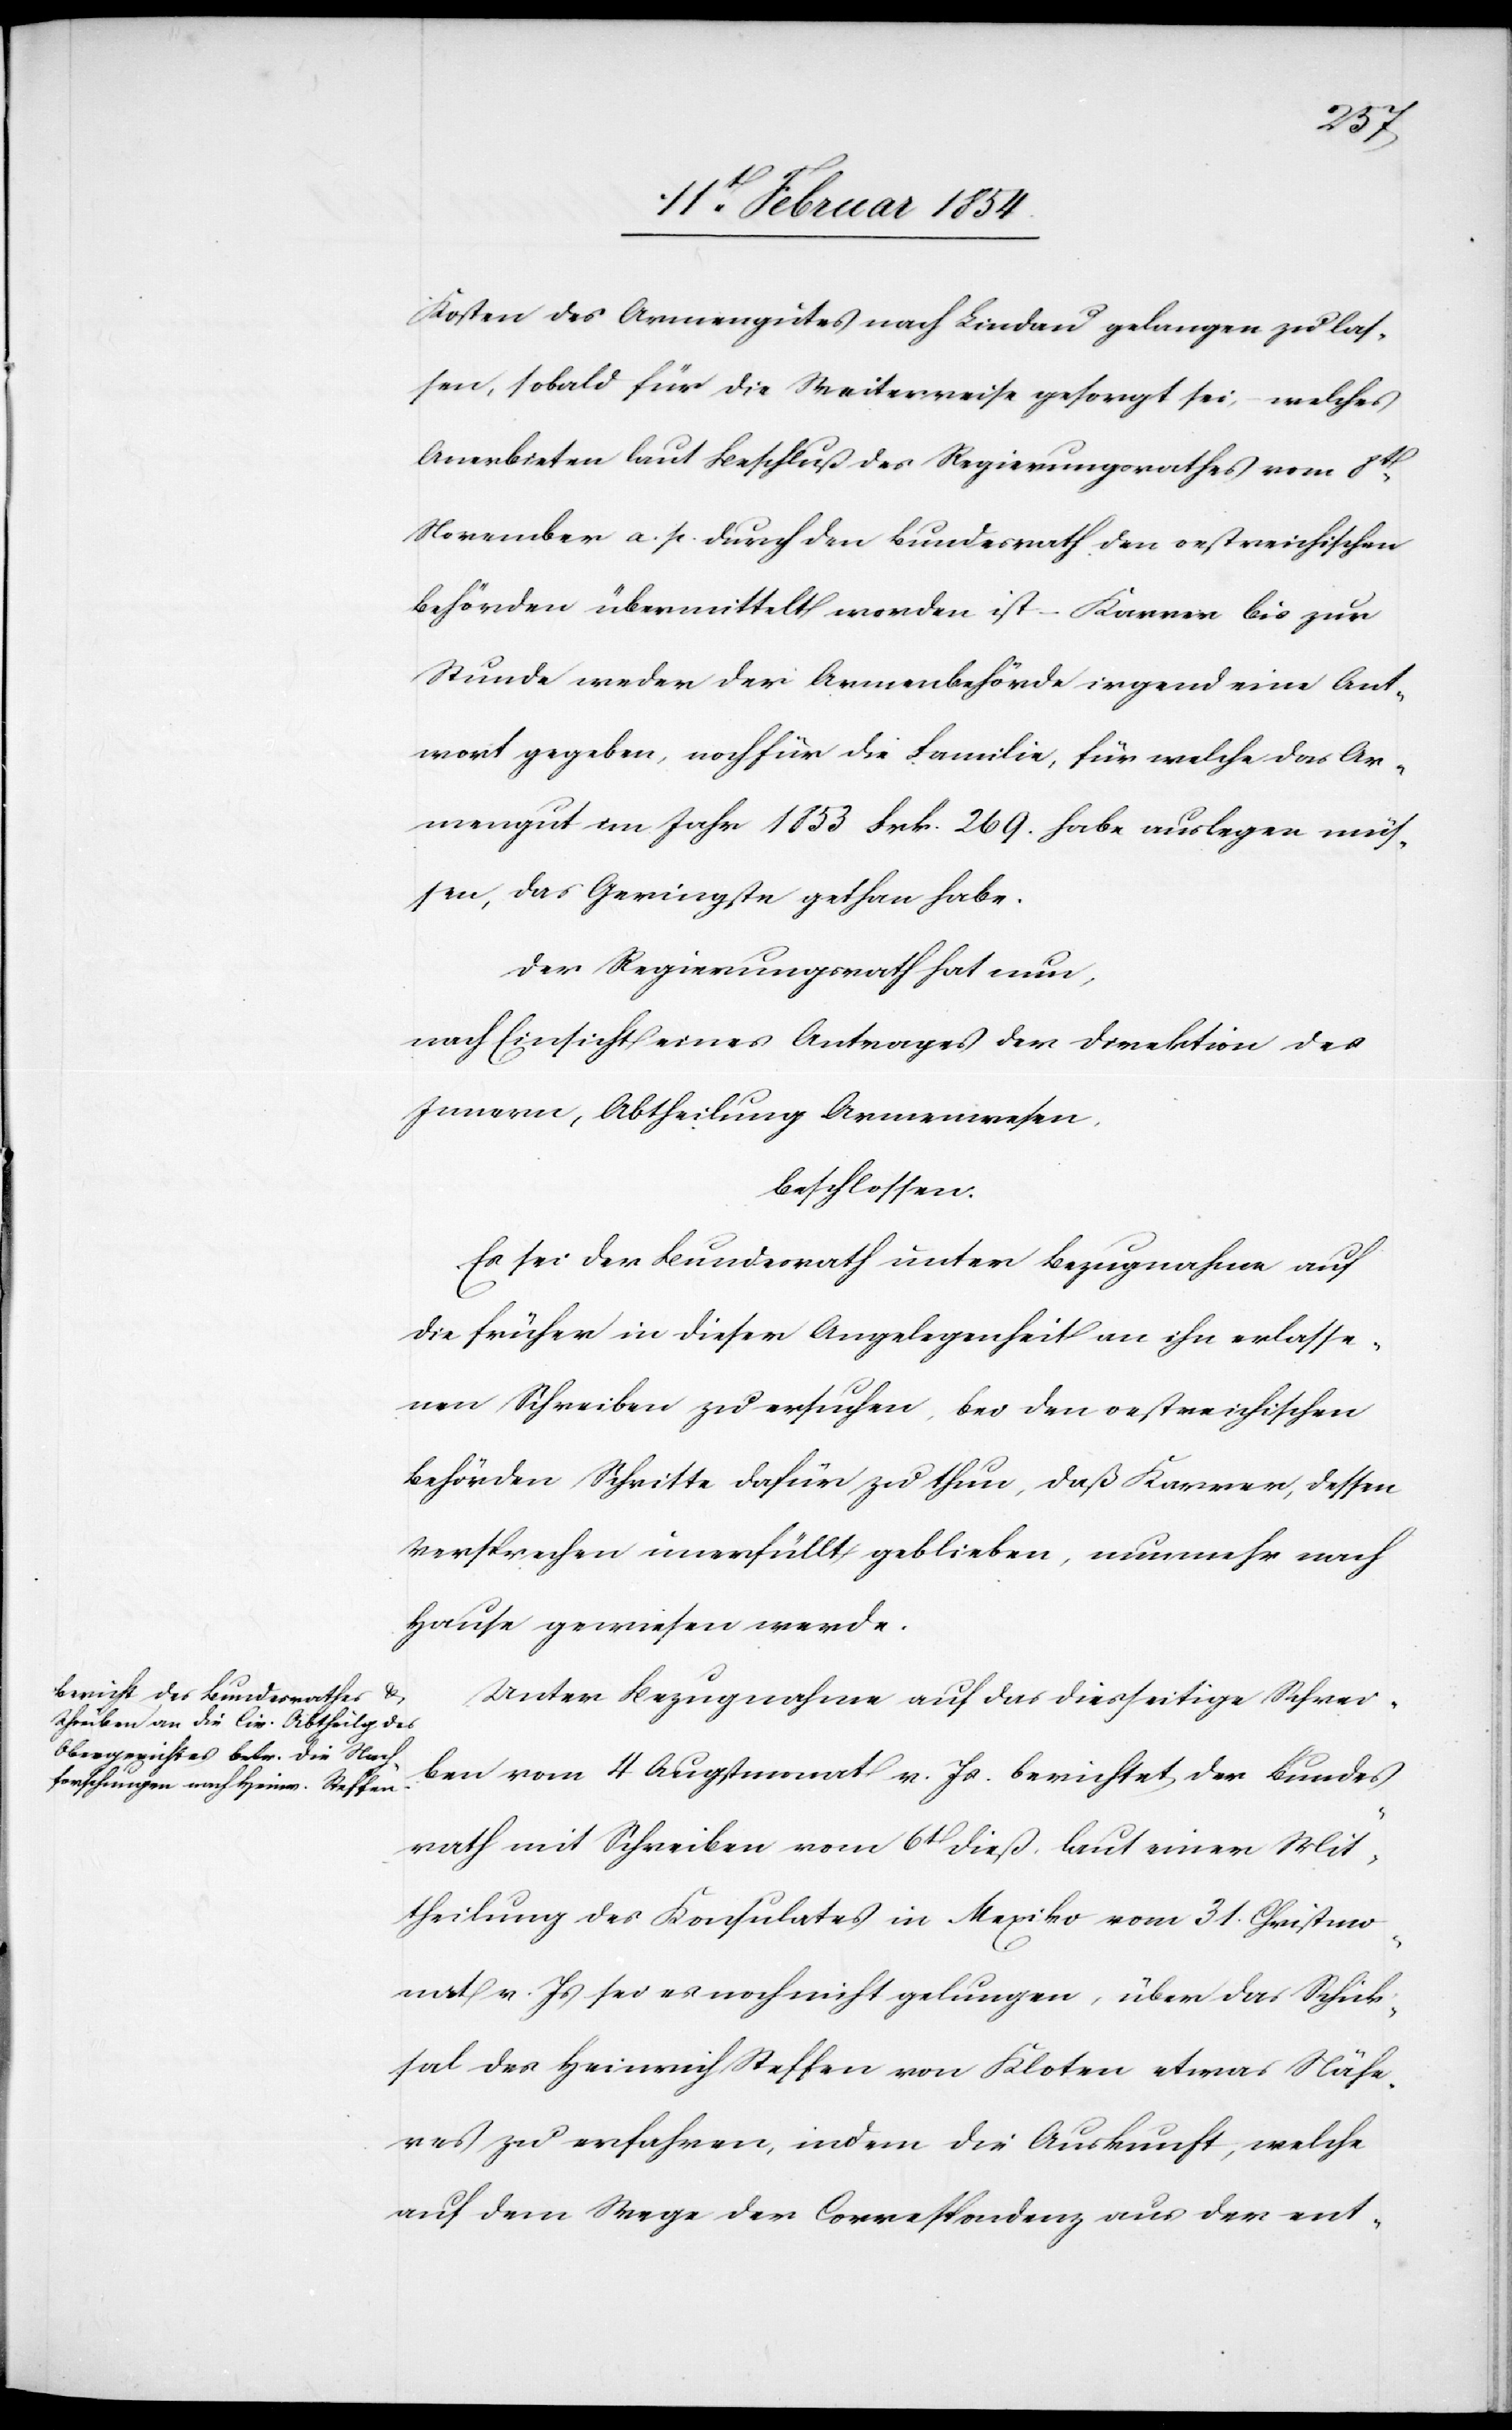
Kosten des Armengutes nach Lindau gelangen zu las¬
sen, sobald für die Weiterreise gesorgt sei, – welches
anerbieten laut Beschluß des Regierungsrathes vom 8t
November a. p. durch den Bundesrath den oestreichischen
Behörden übermittelt worden ist – Kärrer bis zur
Stunde weder der Armenbehörde irgend eine Ant¬
wort gegeben, noch für die Familie, für welche das Ar¬
mengut im Jahr 1853 Frk. 269. habe auslegen müs¬
sen, das Geringste gethan habe.
Der Regierungsrath hat nun,
nach Einsicht eines Antrages der Direktion des
Innern, Abtheilung Armenwesen,
beschlossen:
Es sei der Bundesrath unter Bezugnahme auf
die früher in dieser Angelegenheit an ihn erlasse¬
nen Schreiben zu ersuchen, bei den oestreichischen
Behörden Schritte dafür zu thun, daß Kärrer, dessen
Versprechen unerfüllt geblieben, nunmehr nach
Hause gewiesen werde.
Unter Bezugnahme auf das diesseitige Schrei¬
ben vom 4 Augstmonat v. Js. berichtet der Bundes¬
rath mit Schreiben vom 6t dieß, laut einer Mit¬
theilung des Konsulates in Mexiko vom 31. Christmo¬
nat v. Js sei es noch nicht gelungen, über das Schick¬
sal des Heinrich Steffen von Kloten etwas Nähe¬
res zu erfahren, indem die Auskunft, welche
auf dem Wege der Correspondenz aus der ent-